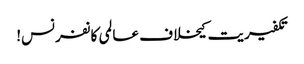
تکفیریت کیخلاف عالمی کانفرنس!